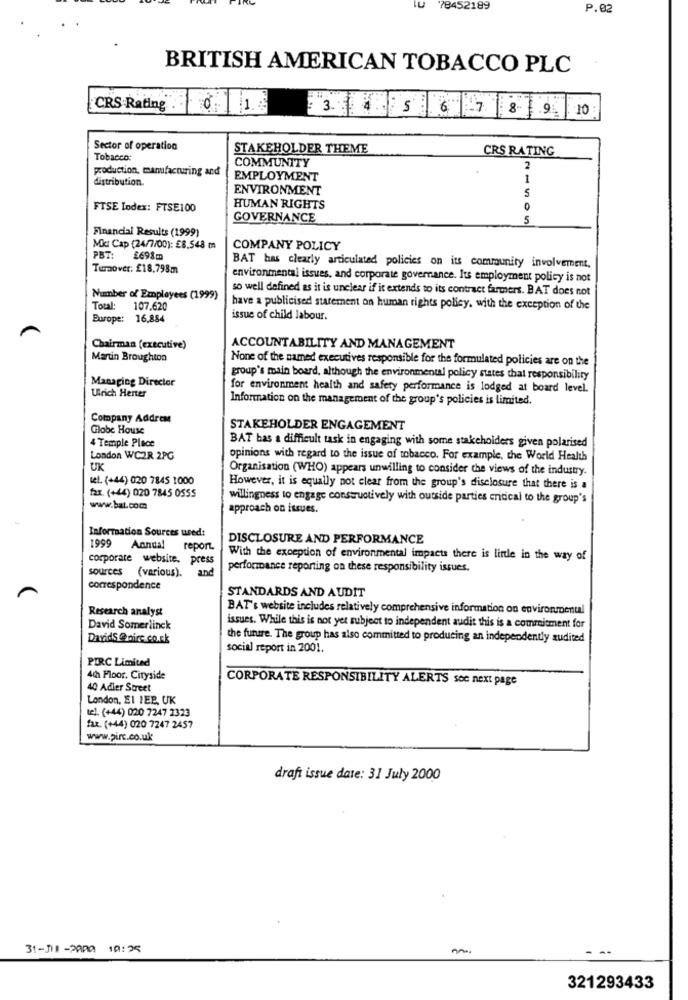
LU
78452189
P.02
BRITISH AMERICAN TOBACCO PLC
CRS.Rating
3 4 5 6 7 8 9 10
Sector of operation
STAKEHOLDER THEME
CRS RATING
Tobacco:
COMMUNITY
production, manufacturing and
2
distribution.
EMPLOYMENT
1
ENVIRONMENT
S
FTSE Index: FTSE100
HUMAN RIGHTS
GOVERNANCE
5
Financial Results (1999)
Mkr Cap (24/7/00): £8.548 m
COMPANY POLICY
PBT:
£698m
Tumover: £18.798m
BAT has clearly articulated policies on its community involvement,
environmental issues, and corporate governance. Its employment policy is not
so well defined as it is unclear if it extends to its contract farmers. BAT does not
Number of Employees (1999)
Total: 107.620
have a publicised statement on human rights policy. with the exception of the
Europe: 16,884
issue of child labour.
Chairman (executive)
ACCOUNTABILITY AND MANAGEMENT
Martin Broughton
None of the named executives responsible for the formulated policies are on the
Managing Director
group's main board, although the environmental policy states that responsibility
Ulrich Herter
for environment health and safety performance is lodged at board level.
Information on the management of the group's policies is limited.
Company Address
Globe House
STAKEHOLDER ENGAGEMENT
BAT has a difficult task in engaging with some stakeholders given polarised
4 Temple Place
London WC2R 2PG
opinions with regard to the issue of tobacco. For example, the World Health
UK
Organisation (WHO) appears unwilling to consider the views of the industry.
tel. (+44) 020 7845 1000
However, it is equally not clear from the group's disclosure that there is a
fax. (+44) 020 7845 0555
willingness to engage constructively with outside parties critical to the group's
www.bat.com
approach on issues.
Information Sources used:
1999
DISCLOSURE AND PERFORMANCE
Annual report.
corporate website. press
With the exception of environmental impacts there is little in the way of
sources (various).
and
perfomance reporting on these responsibility issues.
correspondence
STANDARDS AND AUDIT
Research analyst
BAT's website includes relatively comprehensive information on environmental
David Somerlinck
issues. While this is not yet subject to independent audit this is a commitment for
DavidS @ nire co.ck
the future. The group has also committed to producing an independently audited
social report in 2001.
PIRC Limited
4₼ Floor. Cityside
CORPORATE RESPONSIBILITY ALERTS soc next page
40 Adler Street
London, El 1EP, UK
tel. (+44) 020 7247 2323
fax. (+44) 020 7247 2457
www.pirc.co.uk
draft issue date: 31 July 2000
31-III -PAPA 10:25
321293433